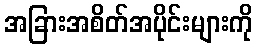
အခြားအစိတ်အပိုင်းများကို